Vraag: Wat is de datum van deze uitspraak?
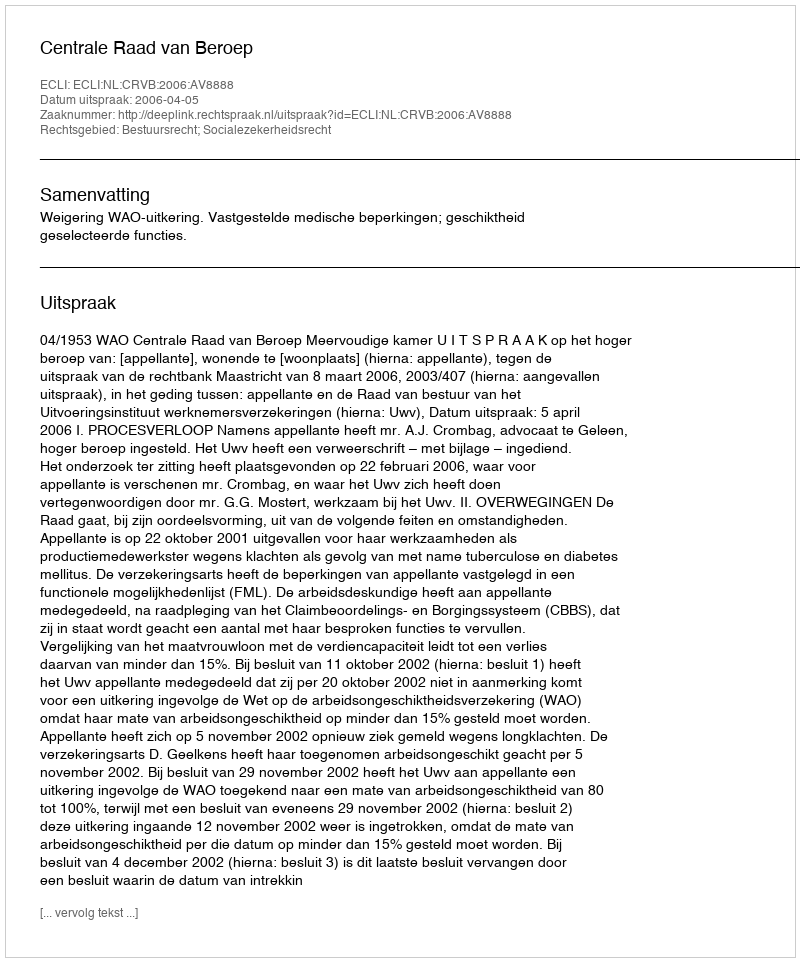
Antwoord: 2006-04-05